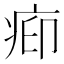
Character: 𬏥